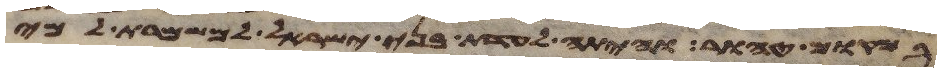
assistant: במקום טהור והיתה לעדת בני ישראל למשמרת למי